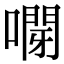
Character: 𠽫